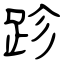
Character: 跈